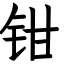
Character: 钳